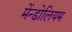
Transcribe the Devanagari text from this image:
मेंन्डोलियम